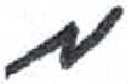
אות: מ